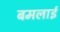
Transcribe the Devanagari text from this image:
बमलाई